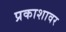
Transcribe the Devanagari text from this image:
प्रकाशावर